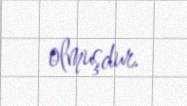
olmuşdur.